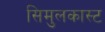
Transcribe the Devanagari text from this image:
सिमुलकास्ट